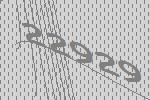
22929